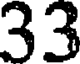
33